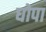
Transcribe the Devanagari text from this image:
घोपा